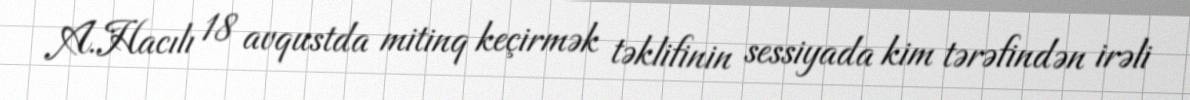
A.Hacılı 18 avqustda mitinq keçirmək təklifinin sessiyada kim tərəfindən irəli